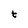
Character: t